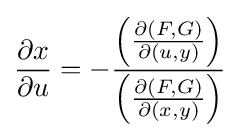
{\frac {\partial x}{\partial u}}=-{\frac {\left({\frac {\partial (F,G)}{\partial (u,y)}}\right)}{\left({\frac {\partial (F,G)}{\partial (x,y)}}\right)}}